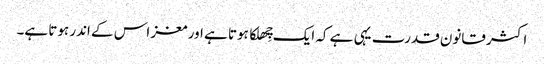
اکثر قانون قدرت یہی ہے کہ ایک چِھلکا ہوتا ہے اور مغز اس کے اندر ہوتا ہے۔